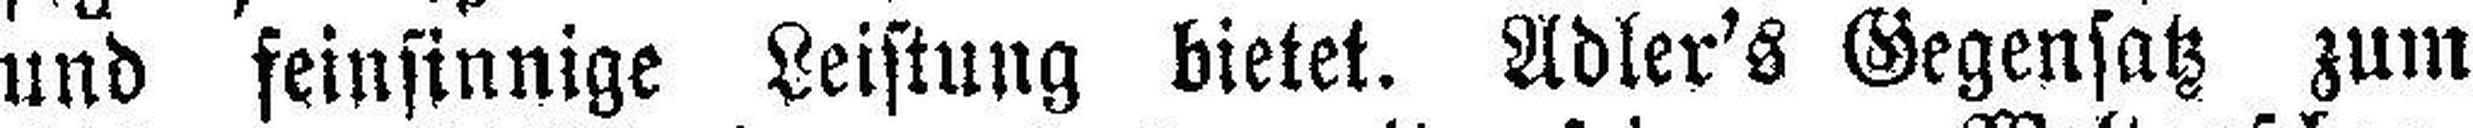
und feinsinnige Leistung bietet. Adler's Gegensatz zum